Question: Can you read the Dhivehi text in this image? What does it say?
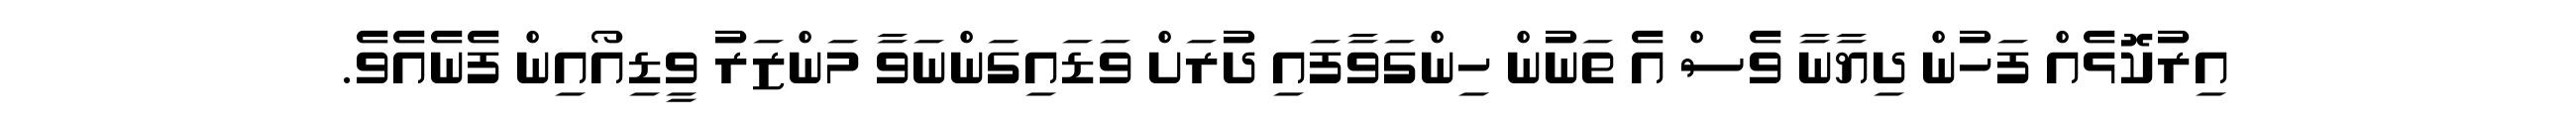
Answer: އިރުކޮޅެއް ފަހުން ދިޔާނާ ވެސް އެ ތަނުން ހިންގަވާފައި ދުރަށް ވަޑައިގަންނަވާ މަންޒަރު ވީޑިއޯއިން ފެނެއެވެ.